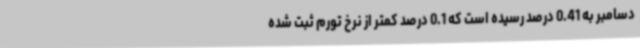
دسامبر به 0.41 درصد رسیده است که 0.1 درصد کمتر از نرخ تورم ثبت شده